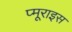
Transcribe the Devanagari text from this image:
प्मूराइस